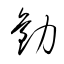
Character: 勧